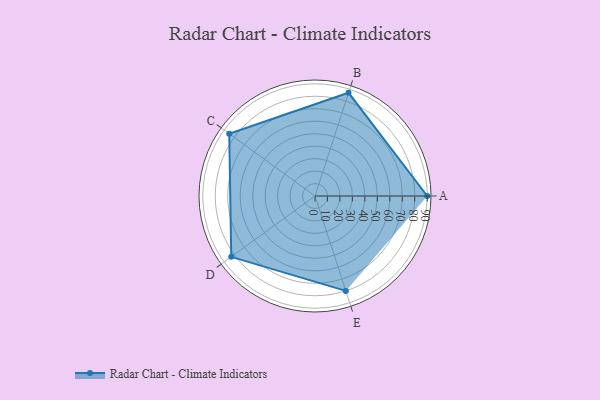
{"axis": {"x": "Skill", "y": "Score"}, "legend": ["Profile"], "data": [{"x": "A", "y": 90.0, "type": "Profile"}, {"x": "B", "y": 87.0, "type": "Profile"}, {"x": "C", "y": 85.0, "type": "Profile"}, {"x": "D", "y": 83.0, "type": "Profile"}, {"x": "E", "y": 80.0, "type": "Profile"}]}